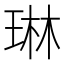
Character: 琳